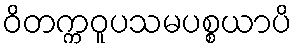
ဝိတက္ကဝူပသမပစ္စယာပိ